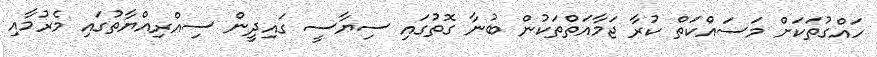
ހައްގުތަކަށް މަސައްކަތް ކުރާ ޖަމާއަތްތަކުން ބުނާ ގޮތުގައި ސިޔާސީ ގައިދީން ސިއްރިއްޔާތުގައި މެރުމާއި